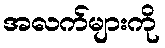
အလက်များကို